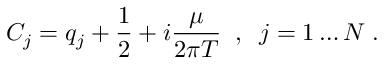
C _ { j } = q _ { j } + \frac { 1 } { 2 } + i \frac \mu { 2 \pi T } \; \; , \; \; j = 1 \ldots N \; .